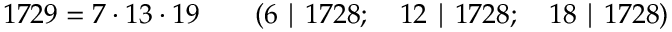
1 7 2 9 = 7 \cdot 1 3 \cdot 1 9 \qquad ( 6 \mid 1 7 2 8 ; \quad 1 2 \mid 1 7 2 8 ; \quad 1 8 \mid 1 7 2 8 )